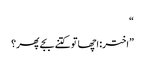
“
”اختر: اچھا تو کتنے بجے پھر؟